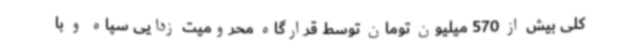
کلی بیش از 570 میلیون تومان توسط قرارگاه محرومیت زدایی سپاه و با